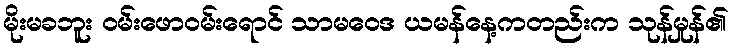
မိုးမခဘူး ဝမ်းဖောဝမ်းရောင် သာမဝေဒ ယမန်နေ့ကတည်းက သုန်မှုန်၏